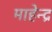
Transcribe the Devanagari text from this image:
माहेन्द्र